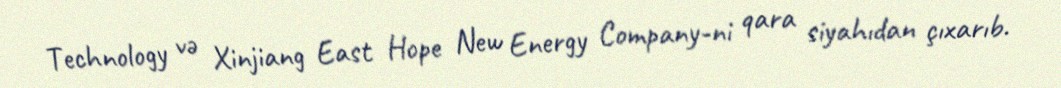
Technology və Xinjiang East Hope New Energy Company-ni qara siyahıdan çıxarıb.